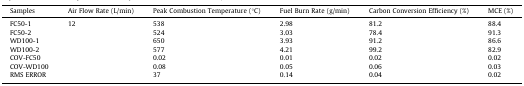
<table><thead><tr><td><b>Samples</b></td><td><b>Air Flow Rate (L/min)</b></td><td><b>Peak Combustion Temperature (°C)</b></td><td><b>Fuel Burn Rate (g/min)</b></td><td><b>Carbon Conversion Efficiency (%)</b></td><td><b>MCE (%)</b></td></tr></thead><tbody><tr><td>FC50-1</td><td rowspan="4">12</td><td>538</td><td>2.98</td><td>81.2</td><td>88.4</td></tr><tr><td>FC50-2</td><td>524</td><td>3.03</td><td>78.4</td><td>91.3</td></tr><tr><td>WD100-1</td><td>650</td><td>3.93</td><td>91.2</td><td>86.6</td></tr><tr><td>WD100-2</td><td>577</td><td>4.21</td><td>99.2</td><td>82.9</td></tr><tr><td>COV-FC50</td><td>[EMPTY_CELL]</td><td>0.02</td><td>0.01</td><td>0.02</td><td>0.02</td></tr><tr><td>COV-WD100</td><td>[EMPTY_CELL]</td><td>0.08</td><td>0.05</td><td>0.06</td><td>0.03</td></tr><tr><td>RMS ERROR</td><td>[EMPTY_CELL]</td><td>37</td><td>0.14</td><td>0.04</td><td>0.02</td></tr></tbody></table>